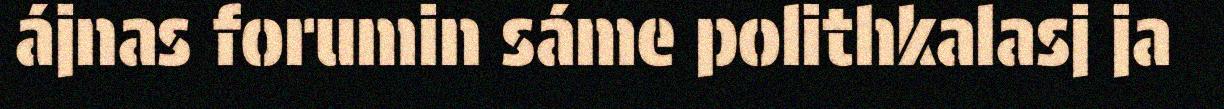
ájnas forumin sáme polithkalasj ja